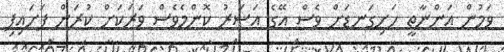
ވަމުން އަންނާތީ ހަށިގަނޑަށް ވެސް އޭގެ އަސަރު ކޮންމެވެސް ވަރަކަށް ކުރަން ފަށައިފި